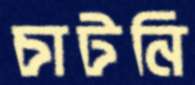
চাটনি